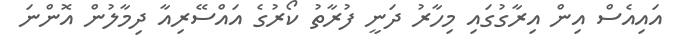
އައިއެސް އިން އިރާގުގައި މިހާރު ދަނީ ފުރާތު ކޯރުގެ އައްސޭރިއާ ދިމާލުން އޮންނަ